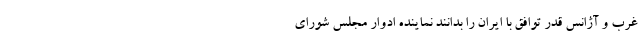
غرب و آژانس قدر توافق با ایران را بدانند نماینده ادوار مجلس شورای